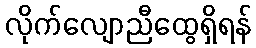
လိုက်လျောညီထွေရှိရန်